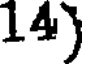
14)